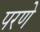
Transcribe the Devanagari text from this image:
परणे